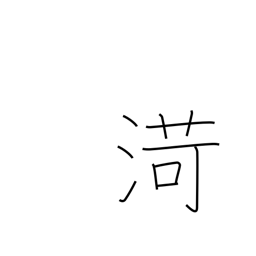
Meaning: name of Chinese river